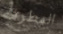
المطرقة